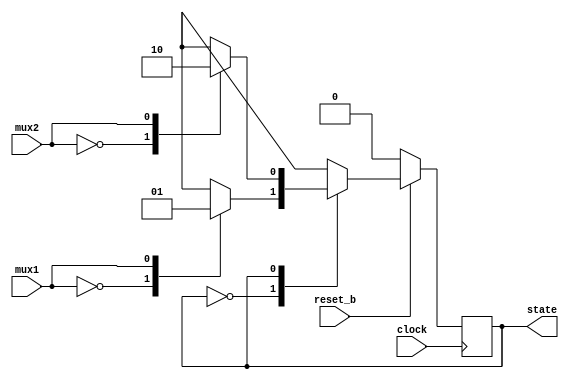
module state_selector(input clock
                    , input reset_b
                    , input mux1
                    , input mux2
                    , output reg state);

reg mux1_out;
reg mux2_out;
reg mux3_out;

always@(*)
begin
    case(mux1)
        1'b0: mux1_out = 1'b0;
        1'b1: mux1_out = 1'b1;
    endcase
end

always@(*)
begin
    case(mux2)
        1'b0: mux2_out = 1'b1;
        1'b1: mux2_out = 1'b0;
    endcase
end

always@(*)
begin
    case(state)
        1'b0: mux3_out = mux1_out;
        1'b1: mux3_out = mux2_out;
    endcase
end

always@(posedge clock)
begin
    if(reset_b)
        state <= mux3_out;
    else
        state <= 1'b0;
end

endmodule